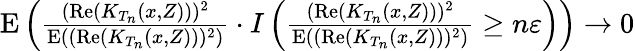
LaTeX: \begin{array}{r}{\mathrm{E}\left(\frac{(\mathrm{Re}(K_{T_{n}}(x,Z)))^{2}}{\mathrm{E}((\mathrm{Re}(K_{T_{n}}(x,Z)))^{2})}\cdot I\left(\frac{(\mathrm{Re}(K_{T_{n}}(x,Z)))^{2}}{\mathrm{E}((\mathrm{Re}(K_{T_{n}}(x,Z)))^{2})}\geq n\varepsilon\right)\right)\rightarrow 0}\end{array}